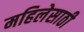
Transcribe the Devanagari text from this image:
महिलेसाठी